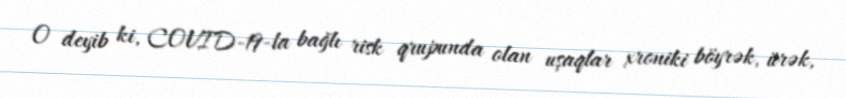
O deyib ki, COVID-19-la bağlı risk qrupunda olan uşaqlar xroniki böyrək, ürək,